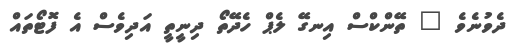
ދެވުނެވެ " ތޭންކްސް އިނގޭ ލެޕް ހެދޭތޯ ދިނީތީ އަދިވެސް އެ ފޮޓޯތައް